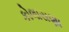
કોલાસણા